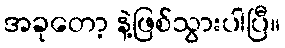
အခုတော့ နဲ့ဖြစ်သွားပါပြီ။